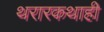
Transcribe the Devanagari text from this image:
थरारकथाही